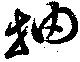
抽